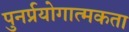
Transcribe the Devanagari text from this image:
पुनर्प्रयोगात्मकता